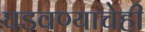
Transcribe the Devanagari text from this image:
घडवण्याचेही